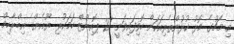
މި މެޗުގެ މޮޅު ކުޅުންތެރިއަކަށް ހޮވިފައިވަނީ 21 ޕޮއިންޓް ހަމަކުރި ޔޫއެންގެ އިބްރާހިމް